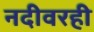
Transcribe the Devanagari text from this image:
नदीवरही